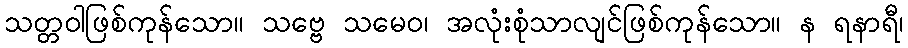
သတ္တဝါဖြစ်ကုန်သော။ သဗ္ဗေ သမေဝ၊ အလုံးစုံသာလျင်ဖြစ်ကုန်သော။ န ရနာရီ၊